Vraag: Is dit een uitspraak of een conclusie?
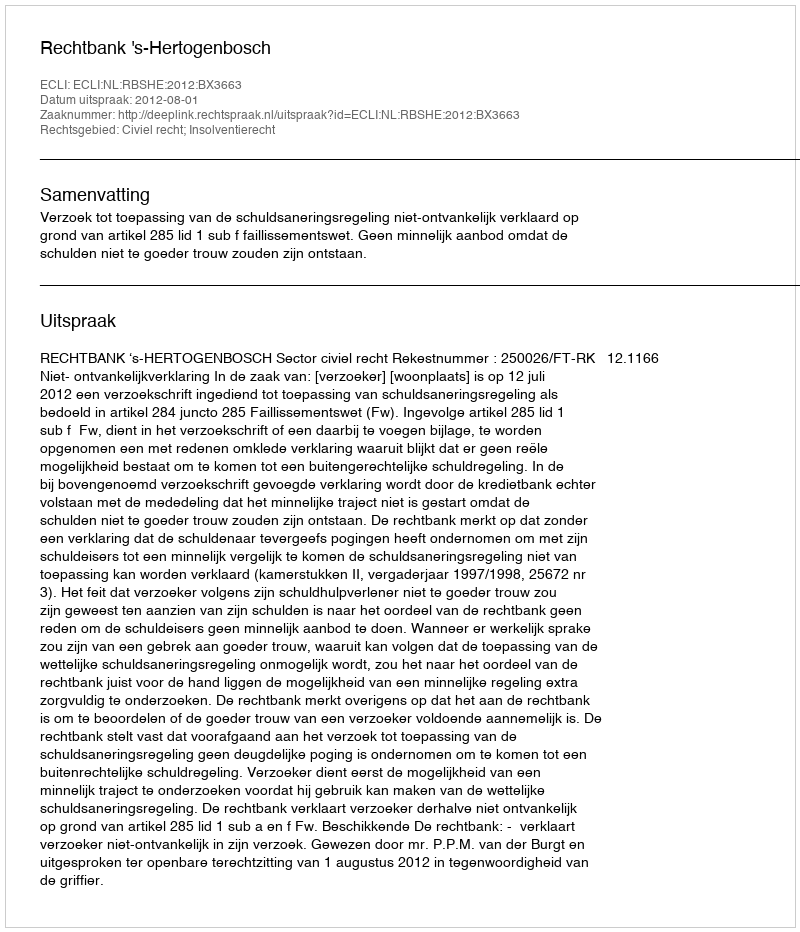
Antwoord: Uitspraak